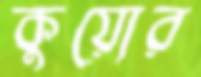
কুয়োর